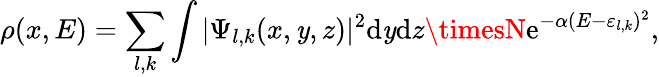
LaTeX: \rho(x,E)=\sum_{l,k}\int|\Psi_{l,k}(x,\mathit{y},z)|^{2}\mathrm{{d}}\mathit{y}\mathrm{{d}}z\timesN\mathrm{{e}}^{-\alpha(E-\varepsilon_{l,k})^{2}},